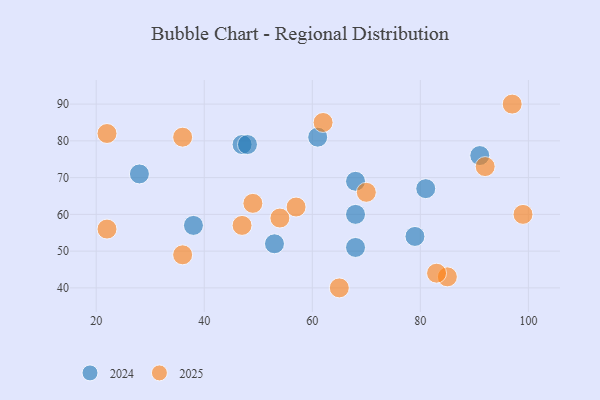
{"axis": {"x": "GDP", "y": "Life Expectancy"}, "legend": ["2024", "2025"], "data": [{"x": "28", "y": 71, "type": "2024"}, {"x": "47", "y": 79, "type": "2024"}, {"x": "68", "y": 60, "type": "2024"}, {"x": "79", "y": 54, "type": "2024"}, {"x": "48", "y": 79, "type": "2024"}, {"x": "81", "y": 67, "type": "2024"}, {"x": "91", "y": 76, "type": "2024"}, {"x": "61", "y": 81, "type": "2024"}, {"x": "38", "y": 57, "type": "2024"}, {"x": "53", "y": 52, "type": "2024"}, {"x": "68", "y": 51, "type": "2024"}, {"x": "68", "y": 69, "type": "2024"}, {"x": "85", "y": 43, "type": "2025"}, {"x": "83", "y": 44, "type": "2025"}, {"x": "65", "y": 40, "type": "2025"}, {"x": "22", "y": 82, "type": "2025"}, {"x": "97", "y": 90, "type": "2025"}, {"x": "22", "y": 56, "type": "2025"}, {"x": "92", "y": 73, "type": "2025"}, {"x": "70", "y": 66, "type": "2025"}, {"x": "36", "y": 81, "type": "2025"}, {"x": "54", "y": 59, "type": "2025"}, {"x": "49", "y": 63, "type": "2025"}, {"x": "62", "y": 85, "type": "2025"}, {"x": "99", "y": 60, "type": "2025"}, {"x": "47", "y": 57, "type": "2025"}, {"x": "57", "y": 62, "type": "2025"}, {"x": "36", "y": 49, "type": "2025"}]}